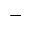
-